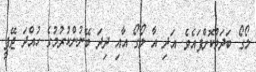
ލޯގޯ ބަދަލުކޮށްފައެވެ. އަދި އާ ލޯގޯ އާއި ދިދަ ބޭނުންކުރުމުގެ ހުއްދަ ޖޭޕީ